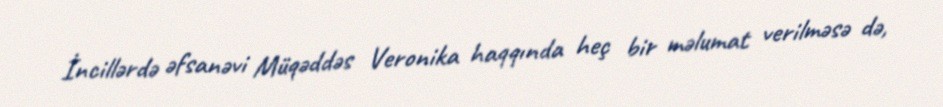
İncillərdə əfsanəvi Müqəddəs Veronika haqqında heç bir məlumat verilməsə də,